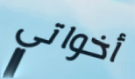
أخواتي